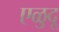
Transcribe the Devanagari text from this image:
एळुदू